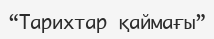
“Тарихтар қаймағы”